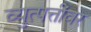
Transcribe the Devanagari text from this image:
व्युत्पत्तींवर